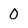
Character: 0